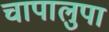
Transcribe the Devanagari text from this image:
चापालुपा